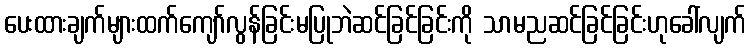
ပေးထားချက်များထက်ကျော်လွန်ခြင်းမပြုဘဲဆင်ခြင်ခြင်းကို သာမညဆင်ခြင်ခြင်းဟုခေါ်လျက်